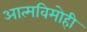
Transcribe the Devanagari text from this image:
आत्मविमोही